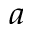
^ { a }